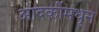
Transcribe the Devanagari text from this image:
आदर्कीमधून